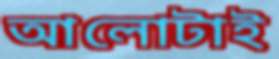
আলোটাই